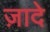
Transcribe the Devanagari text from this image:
ज़ादे